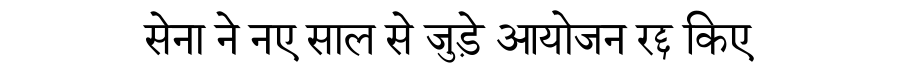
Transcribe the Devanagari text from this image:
सेना ने नए साल से जुड़े आयोजन रद्द किए